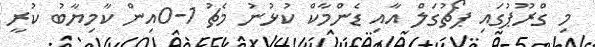
މި ގްރޫޕުގައި ޕޯޗުގަލް އާއި ޑެންމާކް ކުޅުނު މެޗު 1-0އިން ކާމިޔާބު ކުރީ